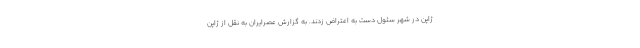
ژاپن در شهر سئول دست به اعتراض زدند. به گزارش عصرایران به نقل از ژاپن